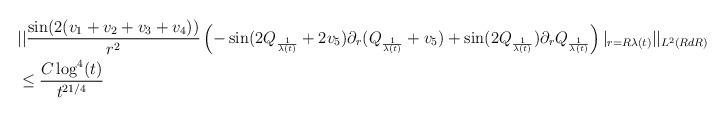
LaTeX: \begin{align*} &||\frac{\sin(2(v_{1}+v_{2}+v_{3}+v_{4}))}{r^{2}} \left(-\sin(2Q_{\frac{1}{\lambda(t)}}+2v_{5})\partial_{r}(Q_{\frac{1}{\lambda(t)}}+v_{5})+\sin(2Q_{\frac{1}{\lambda(t)}})\partial_{r}Q_{\frac{1}{\lambda(t)}}\right)\vert_{r=R\lambda(t)}||_{L^{2}(R dR)} \\&\leq \frac{C \log^{4}(t)}{t^{21/4}}\end{align*}